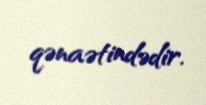
qənaətindədir.